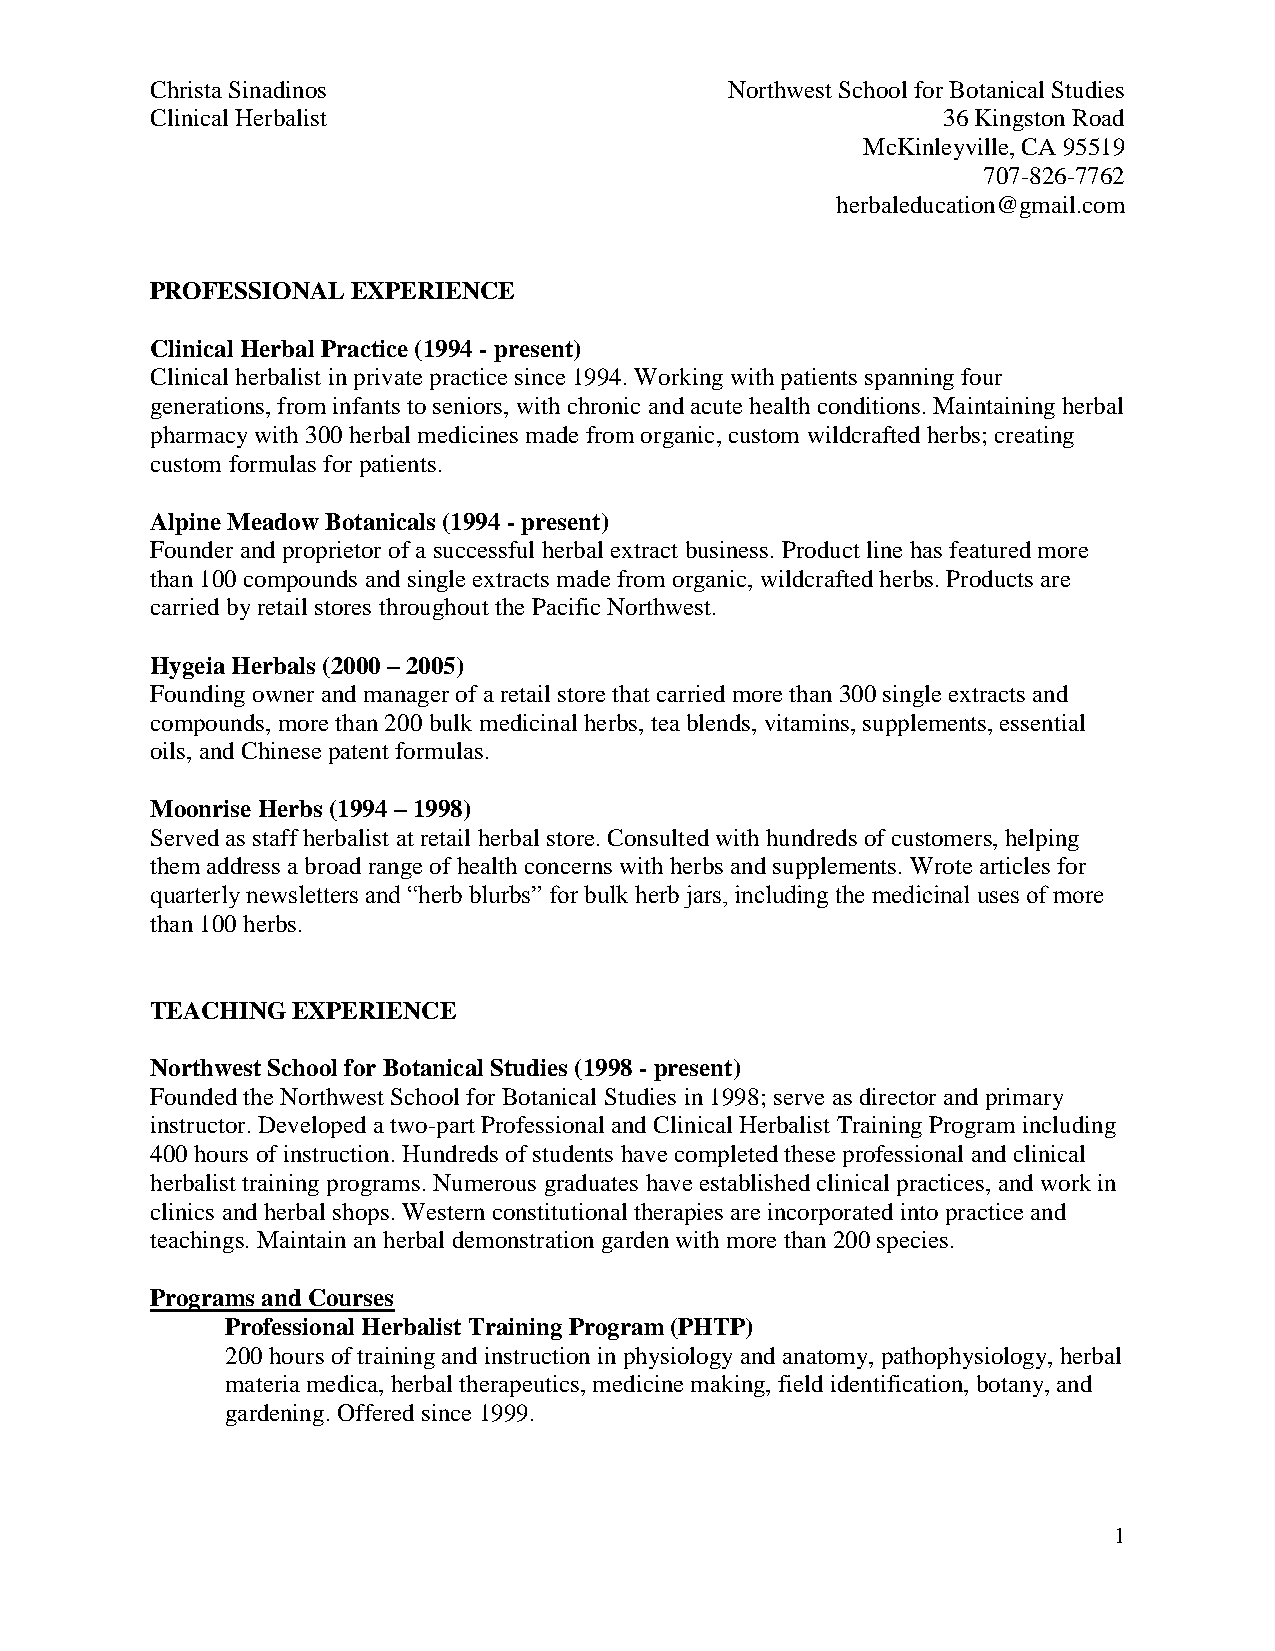
Christa Sinadinos                     Northwest School for Botanical Studies
 Clinical Herbalist                                  36 Kingston Road
 McKinleyville, CA 95519
 707-826-7762
 herbaleducation@gmail.com
 PROFESSIONAL EXPERIENCE
 Clinical Herbal Practice (1994 - present)
 Clinical herbalist in private practice since 1994. Working with patients spanning four
 generations, from infants to seniors, with chronic and acute health conditions. Maintaining herbal
 pharmacy with 300 herbal medicines made from organic, custom wildcrafted herbs; creating
 custom formulas for patients.
 Alpine Meadow Botanicals (1994 - present)
 Founder and proprietor of a successful herbal extract business. Product line has featured more
 than 100 compounds and single extracts made from organic, wildcrafted herbs. Products are
 carried by retail stores throughout the Pacific Northwest.
 Hygeia Herbals (2000 – 2005)
 Founding owner and manager of a retail store that carried more than 300 single extracts and
 compounds, more than 200 bulk medicinal herbs, tea blends, vitamins, supplements, essential
 oils, and Chinese patent formulas.
 Moonrise Herbs (1994 – 1998)
 Served as staff herbalist at retail herbal store. Consulted with hundreds of customers, helping
 them address a broad range of health concerns with herbs and supplements. Wrote articles for
 quarterly newsletters and “herb blurbs” for bulk herb jars, including the medicinal uses of more
 than 100 herbs.
 TEACHING EXPERIENCE
 Northwest School for Botanical Studies (1998 - present)
 Founded the Northwest School for Botanical Studies in 1998; serve as director and primary
 instructor. Developed a two-part Professional and Clinical Herbalist Training Program including
 400 hours of instruction. Hundreds of students have completed these professional and clinical
 herbalist training programs. Numerous graduates have established clinical practices, and work in
 clinics and herbal shops. Western constitutional therapies are incorporated into practice and
 teachings. Maintain an herbal demonstration garden with more than 200 species.
 Programs and Courses
 Professional Herbalist Training Program (PHTP)
 200 hours of training and instruction in physiology and anatomy, pathophysiology, herbal
 materia medica, herbal therapeutics, medicine making, field identification, botany, and
 gardening. Offered since 1999.
 1